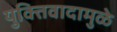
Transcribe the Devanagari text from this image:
युक्तिवादामुळे